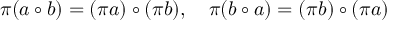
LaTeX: \pi ( a \circ b ) = ( \pi a ) \circ ( \pi b ) , \quad \pi ( b \circ a ) = ( \pi b ) \circ ( \pi a )